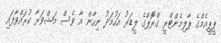
ޕީޕީއެމްގެ ޕާލިމެންޓްރީ ގްރޫޮޕްގެ ލީޑަރު އަހުމަދު ނިހާން އާ ވެސް މަޝްވަރާ ކުރައްވާފައި